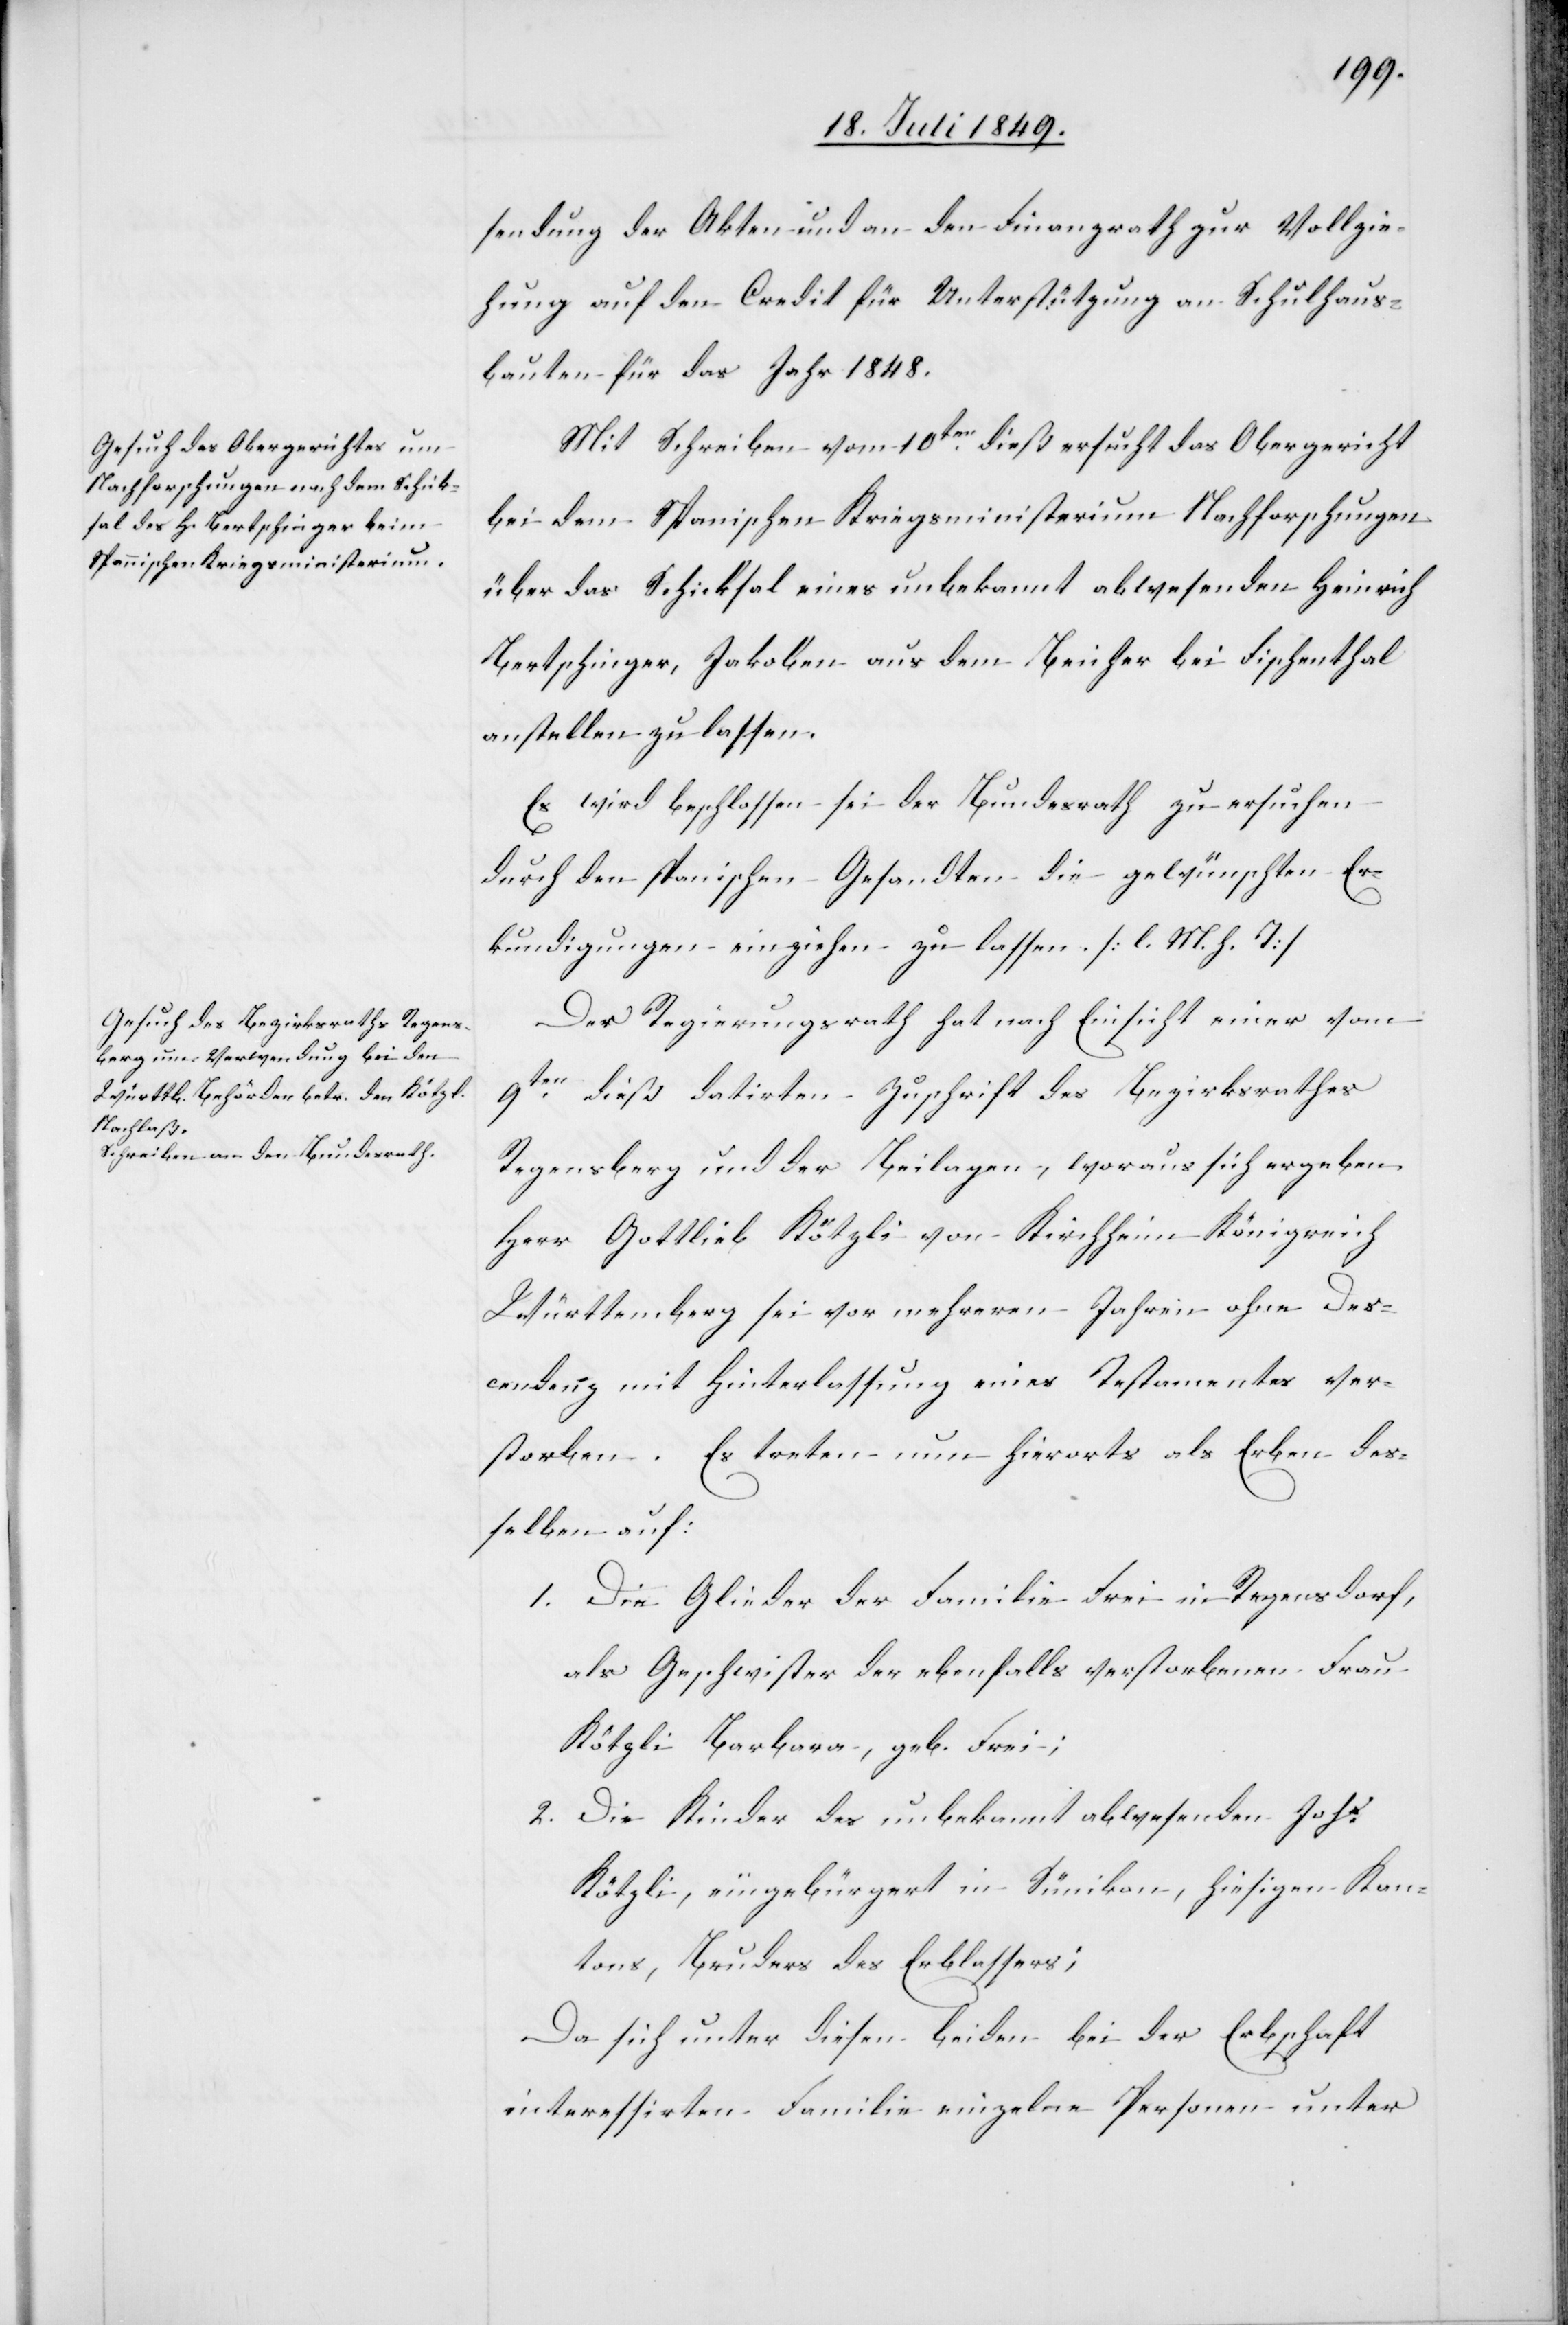
sendung der Akten und an den Finanzrath zur Vollzie¬
hung auf den Credit für Unterstützung an Schulhaus¬
bauten für das Jahr 1848.
Mit Schreiben vom 10ten dieß ersucht das Obergericht
bei dem Spanischen Kriegsministerium Nachforschungen
über das Schicksal eines unbekannt abwesenden Heinrich
Bertschinger, Jakoben aus dem Beicher bei Fischenthal
anstellen zu lassen.
Es wird beschlossen sei der Bundesrath zu ersuchen
durch den spanischen Gesandten die gewünschten Er¬
kundigungen einziehen zu lassen. [l. M. h. T]
Der Regierungsrath hat nach Einsicht einer vom
9ten dieß datirten Zuschrift des Bezirksrathes
Regensberg und der Beilagen, woraus sich ergeben.
Herr Gottlieb Kötzli von Kirchheim Königreich
Württemberg sei vor mehreren Jahren ohne Des¬
cendenz mit Hinterlassung eines Testamentes ver¬
storben. Es treten nun hierorts als Erben des¬
selben auf:
1. Die Glieder der Familie Frei in Regensdorf,
als Geschwister der ebenfalls verstorbenen Frau
Kötzli Barbara, geb. Frei;
2. Die Kinder des unbekannt abwesenden Johs
Kötzli, eingebürgert in Sünikon, hiesigen Kan¬
tons, Bruders des Erblassers;
Da sich unter diesen beiden bei der Erbschaft
interessirten Familie einzelne Personen unter